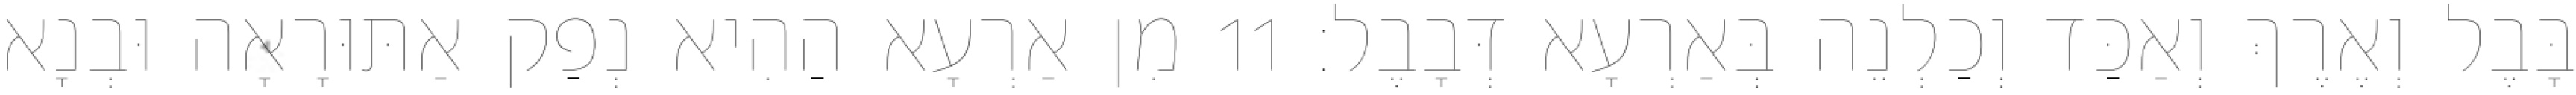
בָּבֶל וְאֶרֶךְ וְאַכַּד וְכַלְנֵה בְּאַרְעָא דְּבָבֶל׃ 11 מִן אַרְעָא הַהִיא נְפַק אַתּוּרָאָה וּבְנָא